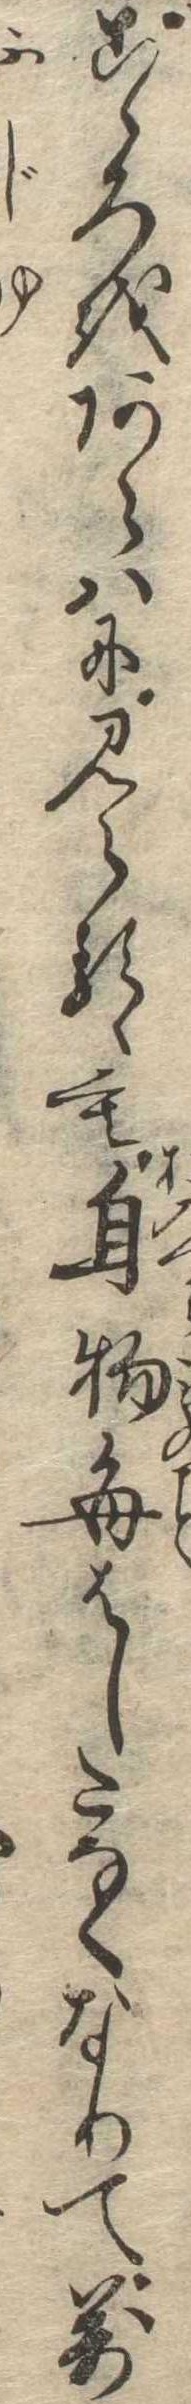
こゝろをあらはに見らるゝも自物毎はしたなくなりて万